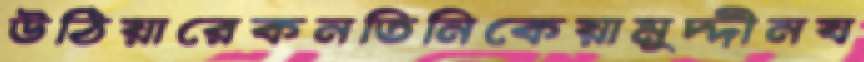
উঠিয়ারেকনতিনিকেয়ামুদ্দীনয